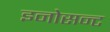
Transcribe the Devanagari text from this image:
इनोसन्ट